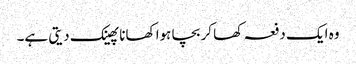
وہ ایک دفعہ کھا کر بچا ہوا کھانا پھینک دیتی ہے۔